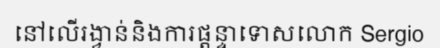
នៅលើរង្វាន់និងការផ្តន្ទាទោសលោក Sergio